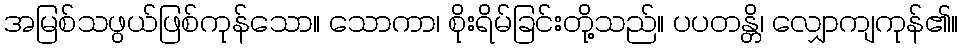
အမြစ်သဖွယ်ဖြစ်ကုန်သော။ သောကာ၊ စိုးရိမ်ခြင်းတို့သည်။ ပပတန္တိ၊ လျှောကျကုန်၏။